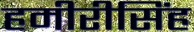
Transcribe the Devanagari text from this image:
हमीरीसिंह